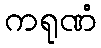
ကရုဏံ